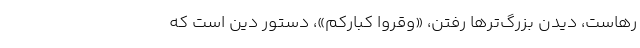
رهاست، دیدن بزرگ‌ترها رفتن، «وَقِّرُوا کِبارَکُم»، دستور دین است که